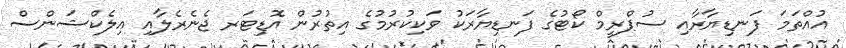
އުއްތަމަ ފަނޑިޔާރާއި ސުޕްރީމް ކޯޓުގެ ފަނޑިޔާރަކު ވަކިކުރުމުގެ އިތުރުން އޮޑިޓަރ ޖެނެރެލާއި އިލެކްޝަންސް